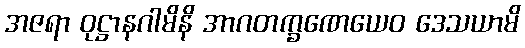
အဇရာ ဝုဋ္ဌာနဂါမိနိ အာဂတက္ခဏေယေဝ ဒေသယာမိ